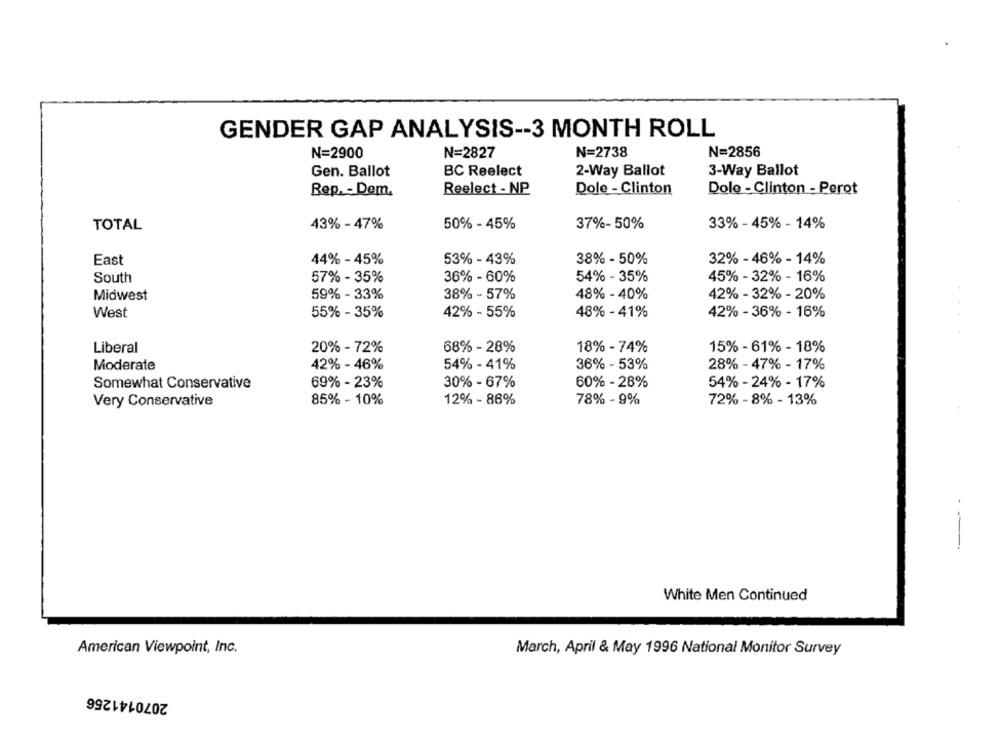
GENDER GAP ANALYSIS -- 3 MONTH ROLL
N=2900
N=2827
N=2738
N=2856
2-Way Ballot
3-Way Ballot
Gen. Ballot
BC Reelect
Rep. - Dem.
Reelect - NP
Dole - Clinton
Dolo - Clinton - Perot
TOTAL
43% - 47%
50% - 45%
37%-50%
33% - 45% - 14%
East
38% - 50%
32% - 46% - 14%
44% - 45%
53% - 43%
South
57% - 35%
36% - 60%
54% - 35%
45% - 32% - 16%
Midwest
59% - 33%
38% - 57%
48% - 40%
42% - 32% - 20%
West
55% - 35%
42% - 55%
48% - 41%
42% - 36% - 16%
Liberal
20% - 72%
68% - 28%
18% - 74%
15% - 61% - 18%
Moderate
42% - 46%
54% - 41%
36% - 53%
28% - 47% - 17%
Somewhat Conservative
69% - 23%
30% - 67%
60% - 28%
54% - 24% - 17%
85% - 10%
12% - 86%
78% - 9%
72% - 8% - 13%
Very Conservative
----
White Men Continued
American Viewpoint, Inc.
March, April & May 1996 National Monitor Survey
2070141256